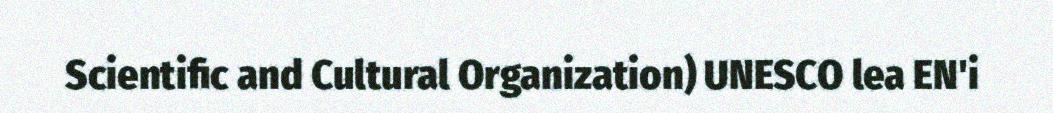
Scientific and Cultural Organization) UNESCO lea EN'i